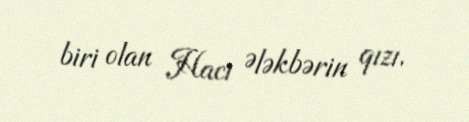
biri olan Hacı Ələkbərin qızı.